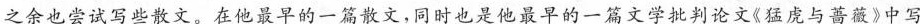
之余也尝试写些散文。在他最早的一篇散文，同时也是他最早的一篇文学批判论文猛虎与斋薇》中写